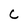
Character: C